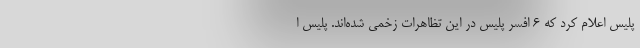
پلیس اعلام کرد که 6 افسر پلیس در این تظاهرات زخمی شده‌اند. پلیس ا